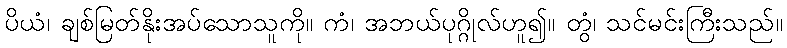
ပိယံ၊ ချစ်မြတ်နိုးအပ်သောသူကို။ ကံ၊ အဘယ်ပုဂ္ဂိုလ်ဟူ၍။ တွံ၊ သင်မင်းကြီးသည်။